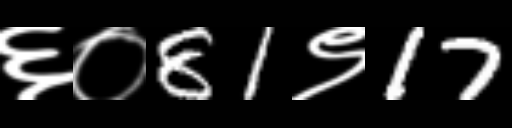
Text: ६०81९17